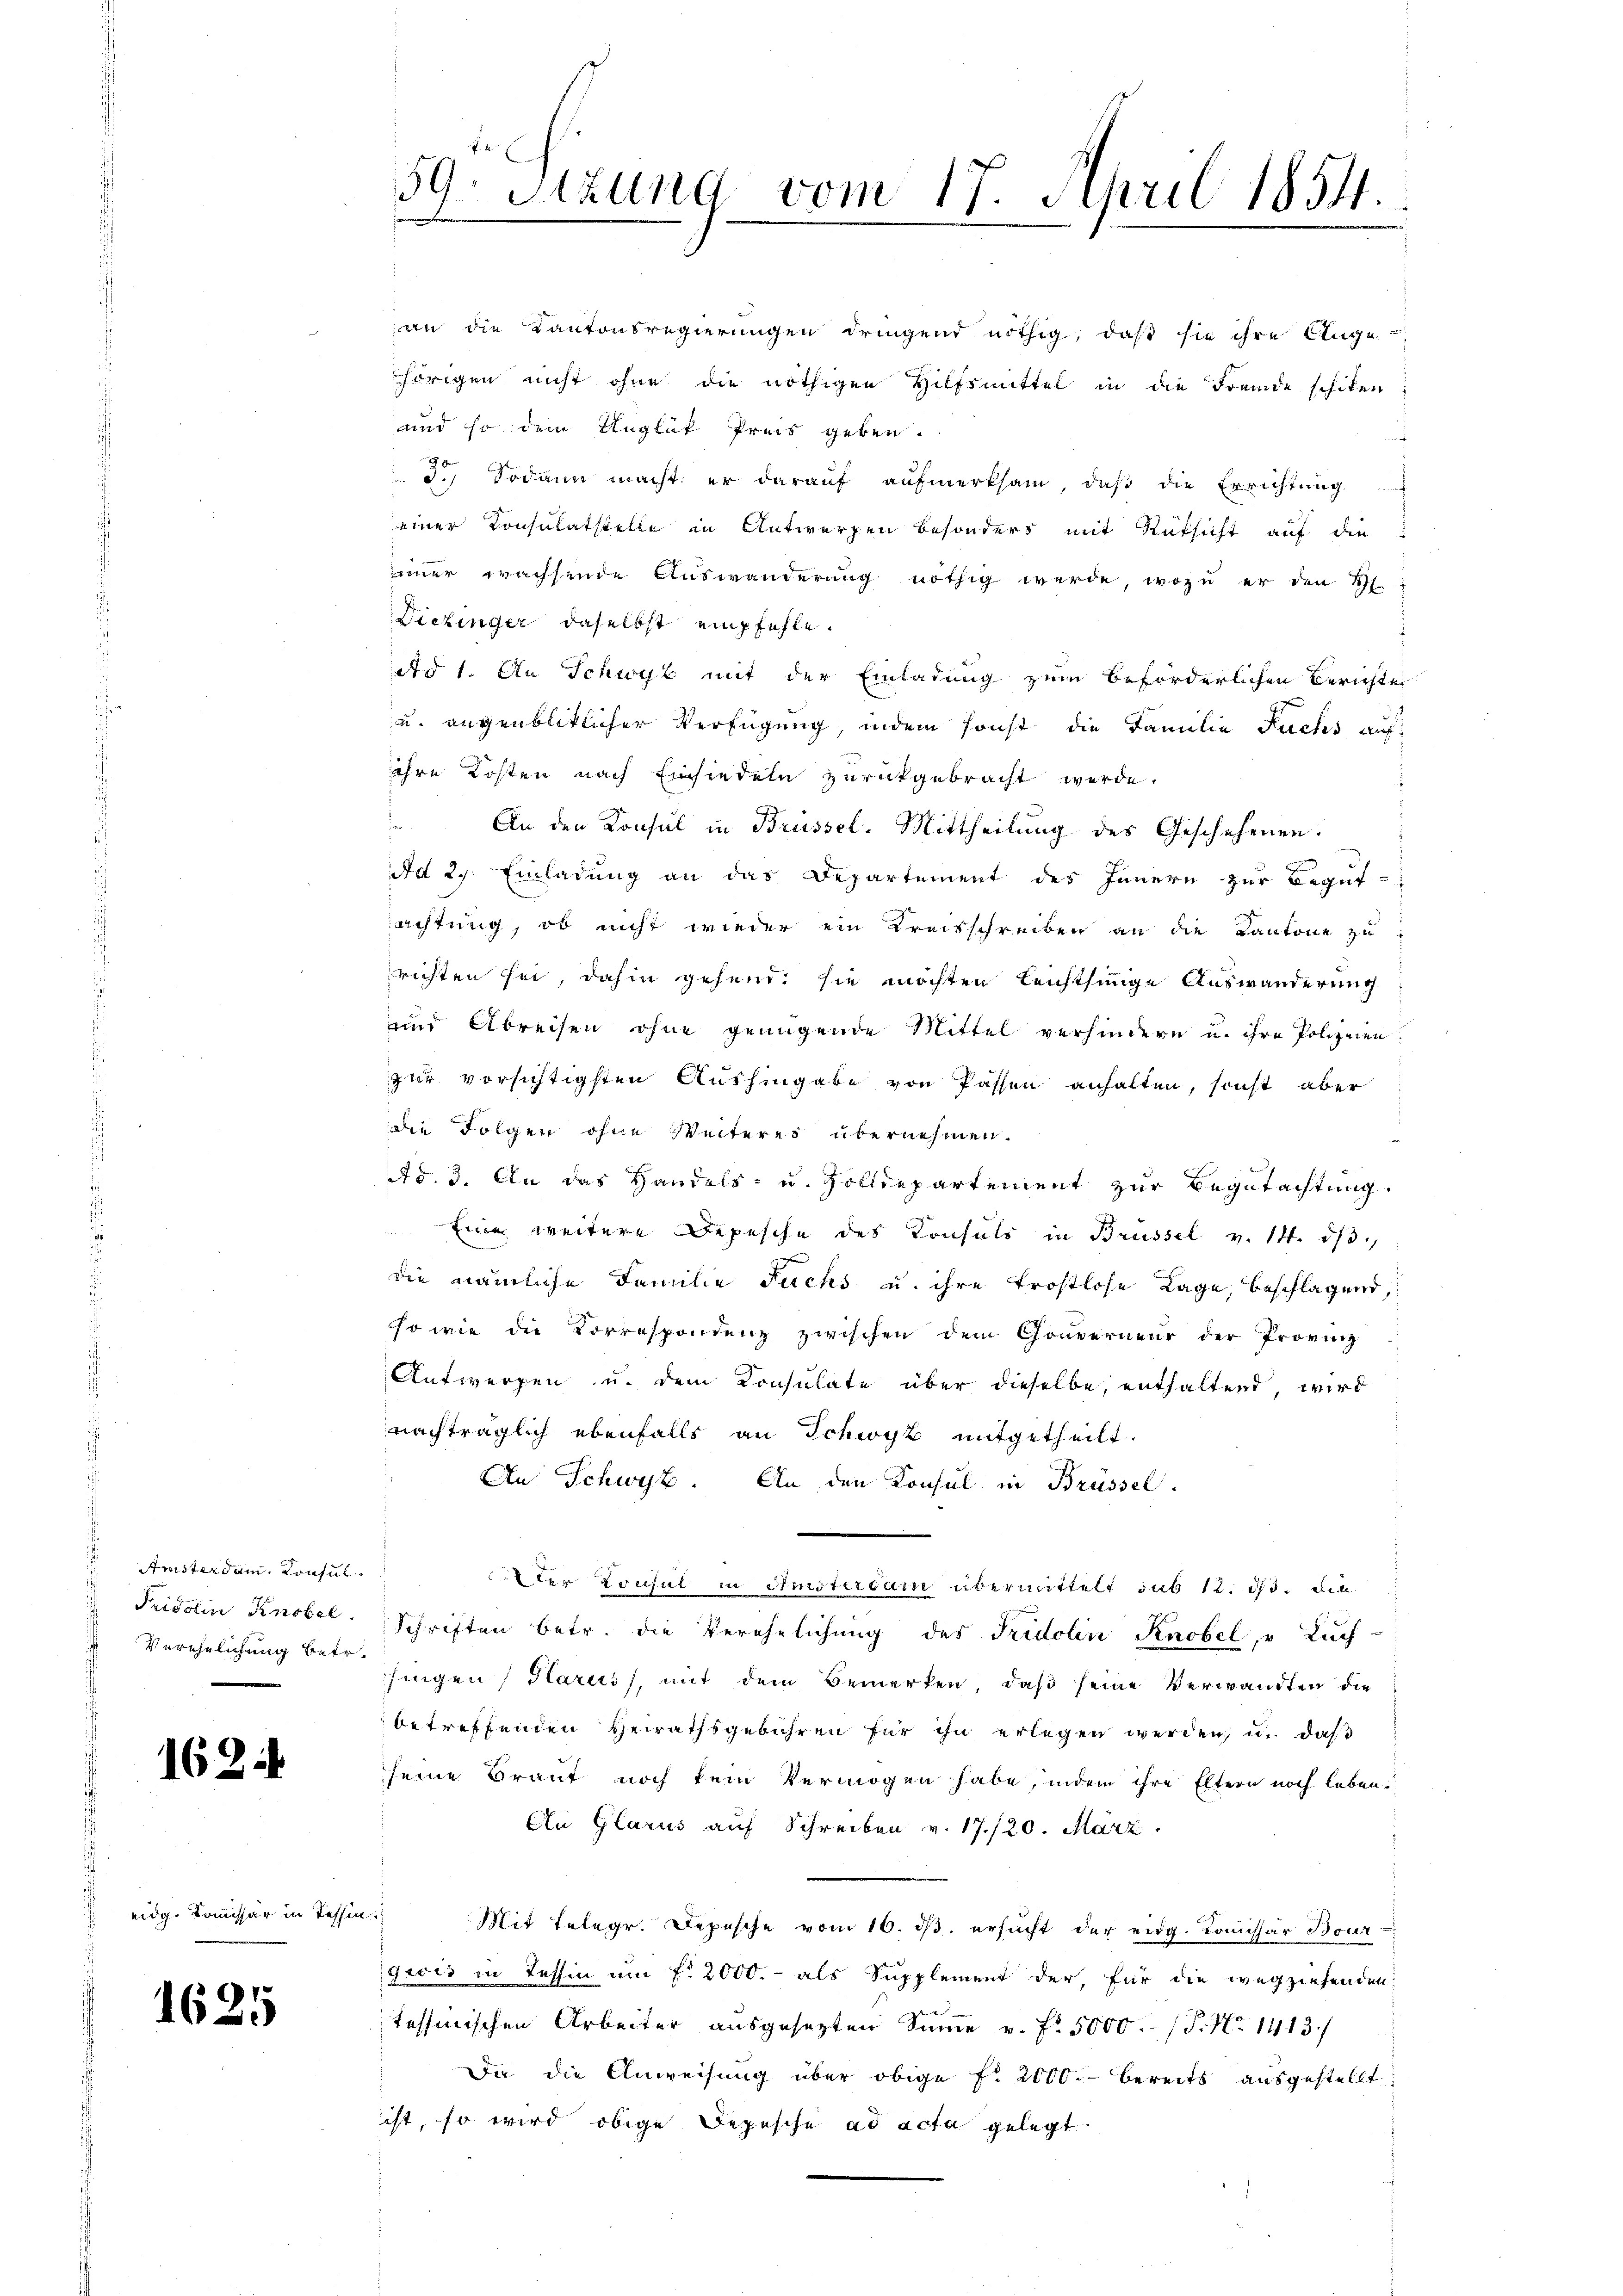
Amsterdam. Konsul
Verehelichung betr.

162.

eidg. Komissär in Tessin

1625

39. Sitzung vom 17. April 1854.
.

an die Kantonsregierungen dringend nöthig, daß sie ihre Auge
hörigen nicht ohne die nöthigen Hilfsmittel in die Fremde schiken
und so dem Unglük Preis geben.
3.) Sodann macht; er daraŭf aŭfmerksam, daβ die Errichtŭng
einer Consulatstelle in Antworfen besonders mit Rüksicht auf die
immer wachsende Auswanderung nöthig werde, wozu er den R
Diezinger, daselbst empfehle.
ad 1. An Schwyz mit der Einladung zum beförderlichen Berichte
ud augenblicklicher Verfügung, indem sonst die Familie Fuchs auf
ihre Kosten nach Einsiedeln zurückgebracht werde.
e
An den Konsul in Brüssel. Mittheilung des Geschehenen.
g
Ad 2. Einladung an das Departement des Innern zur Begut-
achtung, ob nicht wieder ein Kreisschreiben an die Kantone zu
richten sei, dahin gehend, sie möchten leichthinige Auswanderung
und Abreisen ohne genügende Mittel verhindern u. ihre Polizeien.
zur vorsichtigsten Aushingabe von Passen anhalten, sonst aber
die Folgen ohne Weiteres übernehmen.
Ad. 3. An das Handels- u. Zolldepartement zur Begutachtung.
Eine weitere Depesche des Konsuls in Brüssel v. 14. dβ.
die nämliche Familie Fuchs u. ihre trostlose Lage, beschlagend,
sowie die Correspondenz zwischen dem Gouverneur der Provinz
Aufwerfen u. dem Consulate über dieselbe, enthaltend, wird
nachträglich ebenfalls an Schwyz mitgetheilt.
An Schwyz. An den Konsul in Brüssel
dder Konsul in Amsterium übermittelt sub 12. ds. den
Fridolin Knobel. Schriften betr. die Verehelichung des Fridolin Knobel, v Kuch-
fingen / Harus, mit dem Bemerken, daß seine Verwandten die
betreffenden Herrathsgebühren für ihn erlegen werden, u. daß
seine Braut noch kein Vermögen habe, indem ihre Eltern noch leben.
An Glarus auf Schreiben v. 17./20. März
Mit Telegr. Depesche vom 16. ds. ersucht der eidg. Komissär Bour
givis in Tessin um f 2000.- als Supplement der, für die wegziehenden
tessinischen Arbeiter ausgesezten Summe v. fr. 5000. P. Nr. 1413/
Die die Anweisung über obige Fr. 2000. bereits ausgestellt
ist, so wird obige Depesche ad acta gelegt.